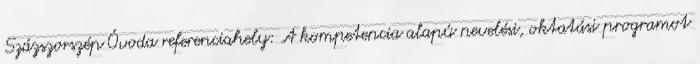
Százszorszép Óvoda referenciahely: A kompetencia alapú nevelési, oktatási programot